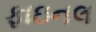
ફાઇનલ